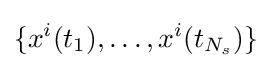
\{x^{i}(t_{1}),\dots ,x^{i}(t_{N_{s}})\}